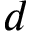
d